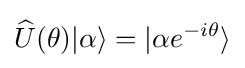
{\widehat {U}}(\theta )|\alpha \rangle =|\alpha e^{-i\theta }\rangle